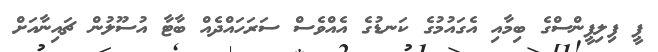
ޕީ ފިލިޕީންސްގެ ބިމާއި އެގައުމުގެ ކަނޑުގެ އެއްވެސް ސަރަހައްދެއް ބާޓާ އުސޫލުން ޗައިނާއަށް